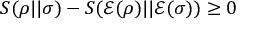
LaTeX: S ( \rho | | \sigma ) - S ( { \mathcal { E } } ( \rho ) | | { \mathcal { E } } ( \sigma ) ) \geq 0